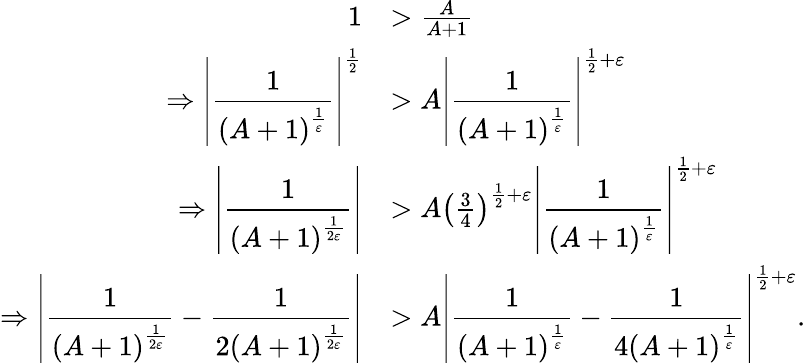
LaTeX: \begin{array}{rl}{1}&{>\frac{A}{A+1}}\\ {\Rightarrow\displaystyle\left\lvert\frac{1}{\left(A+1\right)^{\frac{1}{\varepsilon}}}\right\rvert^{\frac{1}{2}}}&{>A\displaystyle\left\lvert\frac{1}{\left(A+1\right)^{\frac{1}{\varepsilon}}}\right\rvert^{\frac{1}{2}+\varepsilon}}\\ {\Rightarrow\displaystyle\left\lvert\frac{1}{\left(A+1\right)^{\frac{1}{2\varepsilon}}}\right\rvert}&{>A\left(\frac{3}{4}\right)^{\frac{1}{2}+\varepsilon}\displaystyle\left\lvert\frac{1}{\left(A+1\right)^{\frac{1}{\varepsilon}}}\right\rvert^{\frac{1}{2}+\varepsilon}}\\ {\Rightarrow\displaystyle\left\lvert\frac{1}{\left(A+1\right)^{\frac{1}{2\varepsilon}}}-\frac{1}{2\left(A+1\right)^{\frac{1}{2\varepsilon}}}\right\rvert}&{>A\displaystyle\left\lvert\frac{1}{\left(A+1\right)^{\frac{1}{\varepsilon}}}-\frac{1}{4\left(A+1\right)^{\frac{1}{\varepsilon}}}\right\rvert^{\frac{1}{2}+\varepsilon}.}\end{array}